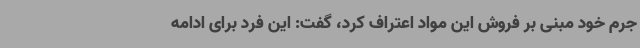
جرم خود مبنی بر فروش این مواد اعتراف کرد، گفت: این فرد برای ادامه